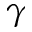
\gamma